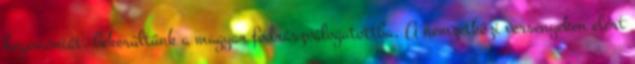
hegemóniát, bekerültünk a magyar fodrászválogatottba. A nemzetközi versenyeken elért